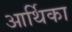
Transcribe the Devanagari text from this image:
आर्थिका